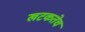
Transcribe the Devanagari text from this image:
खटकतेच